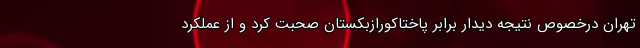
تهران درخصوص نتیجه دیدار برابر پاختاکورازبکستان صحبت کرد و از عملکرد